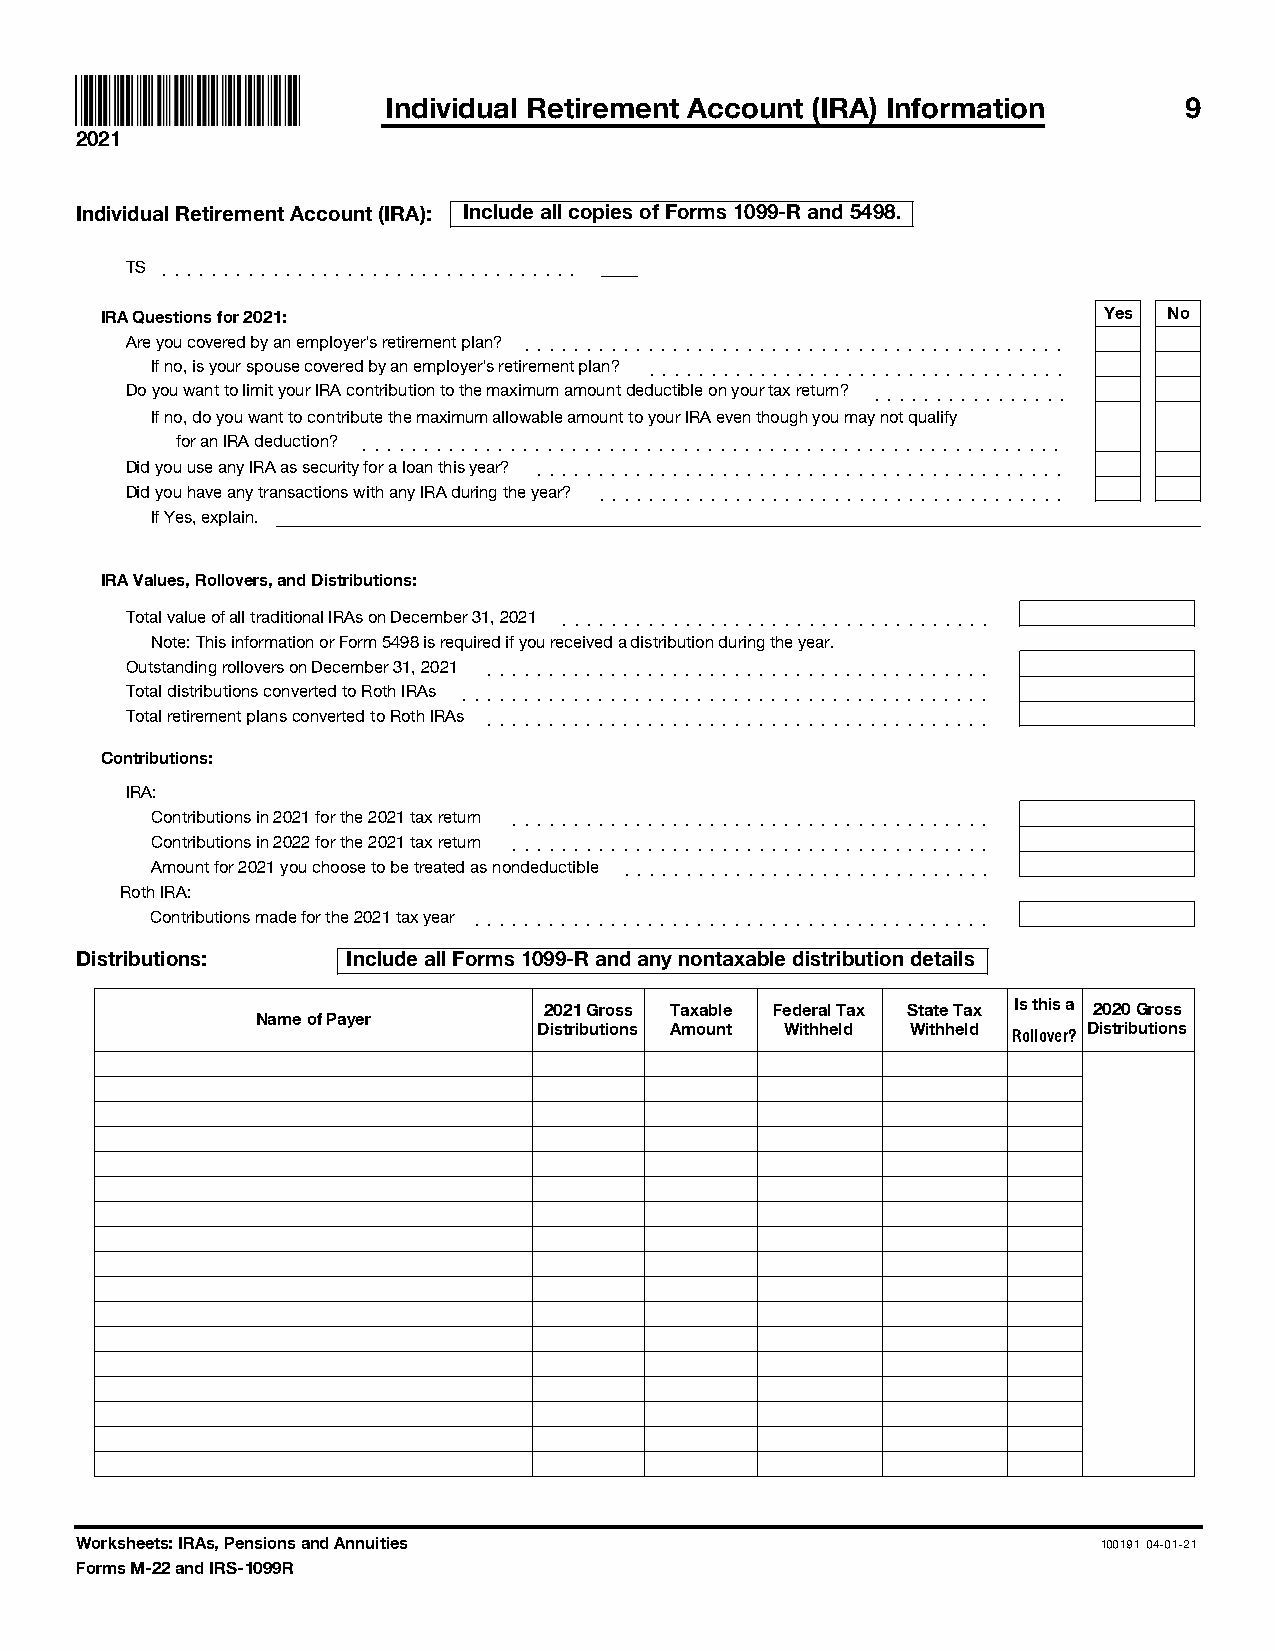
Individual Retirement Account (IRA) Information     9
 2021
 Individual Retirement Account (IRA): Include all copies of Forms 1099-R and 5498.
 TS ]]]]]]]]]]]]]]]]]]]]]]]]]]]]]]]]]]
 IRA Questions for 2021:                                           Yes No
 Are you covered by an employer's retirement plan? ]]]]]]]]]]]]]]]]]]]]]]]]]]]]]]]]]]]]]]]]]]]]
 If no, is your spouse covered by an employer's retirement plan? ]]]]]]]]]]]]]]]]]]]]]]]]]]]]]]]]]]
 Do you want to limit your IRA contribution to the maximum amount deductible on your tax return? ]]]]]]]]]]]]]]]]
 If no, do you want to contribute the maximum allowable amount to your IRA even though you may not qualify
 for an IRA deduction? ]]]]]]]]]]]]]]]]]]]]]]]]]]]]]]]]]]]]]]]]]]]]]]]]]]]]]]]]]
 Did you use any IRA as security for a loan this year? ]]]]]]]]]]]]]]]]]]]]]]]]]]]]]]]]]]]]]]]]]]]
 Did you have any transactions with any IRA during the year? ]]]]]]]]]]]]]]]]]]]]]]]]]]]]]]]]]]]]]]
 If Yes, explain.
 IRA Values, Rollovers, and Distributions:
 Total value of all traditional IRAs on December 31, 2021 ]]]]]]]]]]]]]]]]]]]]]]]]]]]]]]]]]]]
 Note: This information or Form 5498 is required if you received a distribution during the year.
 Outstanding rollovers on December 31, 2021 ]]]]]]]]]]]]]]]]]]]]]]]]]]]]]]]]]]]]]]]]]
 Total distributions converted to Roth IRAs ]]]]]]]]]]]]]]]]]]]]]]]]]]]]]]]]]]]]]]]]]]]
 Total retirement plans converted to Roth IRAs ]]]]]]]]]]]]]]]]]]]]]]]]]]]]]]]]]]]]]]]]]
 Contributions:
 IRA:
 Contributions in 2021 for the 2021 tax return ]]]]]]]]]]]]]]]]]]]]]]]]]]]]]]]]]]]]]]]
 Contributions in 2022 for the 2021 tax return ]]]]]]]]]]]]]]]]]]]]]]]]]]]]]]]]]]]]]]]
 Amount for 2021 you choose to be treated as nondeductible ]]]]]]]]]]]]]]]]]]]]]]]]]]]]]]
 Roth IRA:
 Contributions made for the 2021 tax year ]]]]]]]]]]]]]]]]]]]]]]]]]]]]]]]]]]]]]]]]]]
 Distributions:    Include all Forms 1099-R and any nontaxable distribution details
 2021 Gross Taxable Federal Tax State Tax Is this a 2020 Gross
 Name of Payer
 Distributions Amount Withheld Withheld Distributions
 Rollover?
 Worksheets: IRAs, Pensions and Annuities                            100191 04-01-21
 Forms M-22 and IRS-1099R